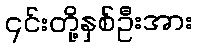
၎င်းတို့နှစ်ဦးအား